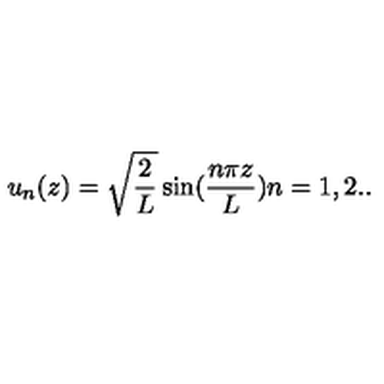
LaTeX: u _ { n } ( z ) = \sqrt { \frac { 2 } { L } } \sin ( \frac { n \pi z } { L } ) n = 1 , 2 . .